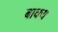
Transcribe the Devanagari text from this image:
बाक्य